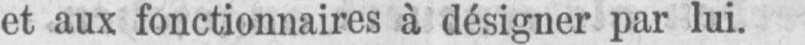
et aux fonctionnaires à désigner par lui.